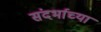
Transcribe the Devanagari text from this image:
संदर्भाच्या